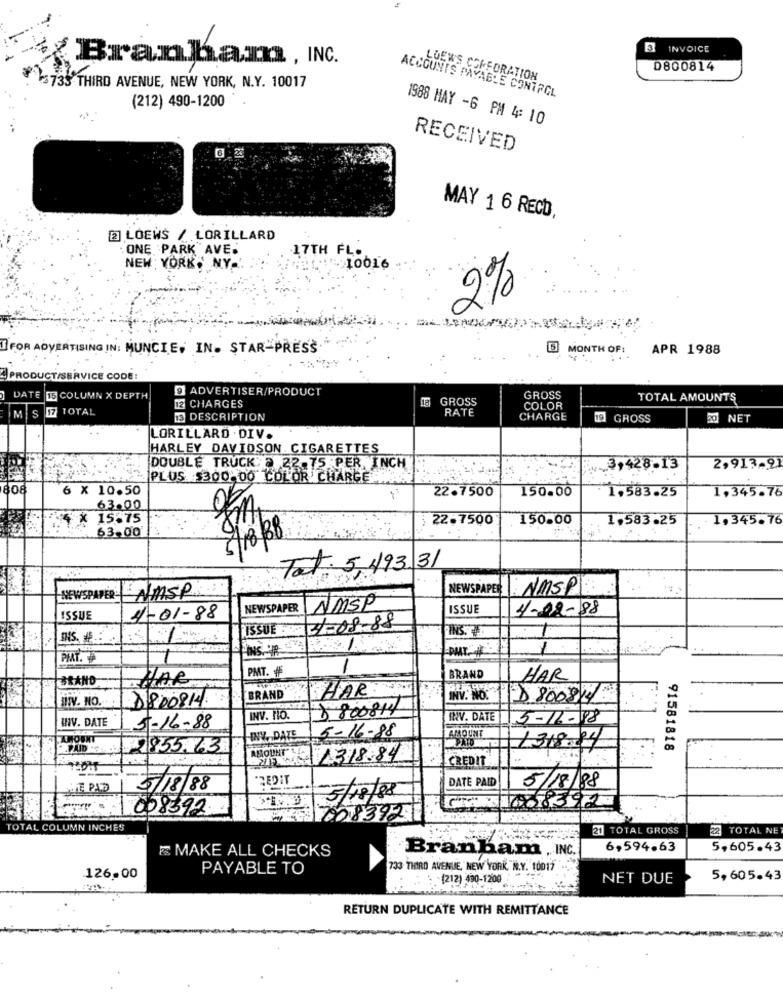
INVOICE
Branham, INC.
0800814
LOEWS COFFORATION
3735 THIRD AVENUE, NEW YORK, N.Y. 10017
ACCOUNTS PAYABLE CONTROL
(212) 490-1200
1988 MAY -6 PM 4: 10
RECEIVED
MAY 1 6 RECO
2] LOEWS / LORILLARD
. ONE PARK AVE.
17TH FL.
NEW YORK, NY ..
10016
2%
I FOR ADVERTISING IN: MUNCIE, IN. STAR-PRESS
B MONTH OF:
APR 1988
PRODUCT/SERVICE CODE:
@ ADVERTISER/PRODUCT
DATE
15 COLUMN X DEPTH
GROSS
GROSS
TOTAL AMOUNTS
MS I7 TOTAL
TOTAL
12 CHARGES
RATE
COLOR
M
13 DESCRIPTION
CHARGE
GROSS
20 NET
LORILLARD . DIV.
HARLEY DAVIDSON CIGARETTES
DOUBLE TRUCK: a 22.75 PER, INCH
3,428.13
2,913-21
2 PLUS $300 00 COLOR CHARGE
6 × 10.50
22.7500
150.00
1,583.25
1,345.76
63.00
FX 15575
22.7500
150.00
1,583.25
1, 345.76
63.00
5/18/38
Fot: 5,493.31
NEWSPAPER
:NMSP
NEWSPAPER: NMSP
NEWSPAPER NMSP
ISSUE
4-02-88
ISSUE
4-01-88
ISSUE
4-08-88
INS.
PIAT.
1
PMT.
BRAND
NAR
BRAND
HAR
IV. NO.
D800814.
BRAND'
HAR:
INV. NO.
D 800814
D800814
INV. DATE
INV. NO.
INV. DATE
5-16-18
5-16-88
INY. DAZE
15-16-88
AMOUNT
PREPAID :.:: 2855.63
1318.84
91581818
ABOUT :318.84
CREDIT
DATE PAID
TE PAD
35/18/88
5/18/88
C. 668392
3/18/08
W328392
TOTAL COLUMN INCHES
21 TOTAL GROSS
22 TOTAL NE
E MAKE ALL CHECKS
6,594.63
5,605.43
Branham , INC.
PAYABLE TO
733 THIRD AVENUE, NEW YORK, N.Y. 10017
126.00
:(212) 490-1200
NET DUE
5,605.43
RETURN DUPLICATE WITH REMITTANCE